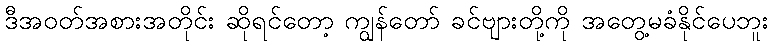
ဒီအဝတ်အစားအတိုင်း ဆိုရင်တော့ ကျွန်တော် ခင်ဗျားတို့ကို အတွေ့မခံနိုင်ပေဘူး